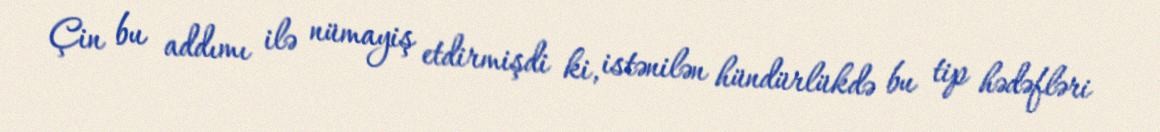
Çin bu addımı ilə nümayiş etdirmişdi ki, istənilən hündürlükdə bu tip hədəfləri